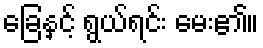
ခြေနှင့် ရွယ်ရင်း မေး၏။